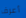
أعرف